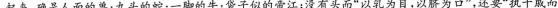
起来，确是人面的兽；九头的蛇；一脚的牛；袋子似的帝江；没有头而”以乳为目，以脐为口”，还要”执干戚而